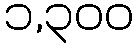
၁,၃၀၀